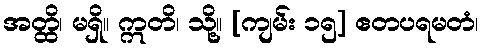
အတ္ထိ၊ မရှိ။ ဣတိ၊ သို့။ [ကျမ်း ၁၅] ဧတပရမတံ၊